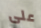
على